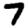
Digit: 7